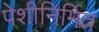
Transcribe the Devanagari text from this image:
पेशीनिर्मित